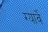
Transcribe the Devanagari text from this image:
ग्यार्वे